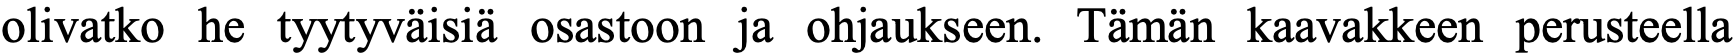
olivatko he tyytyväisiä osastoon ja ohjaukseen. Tämän kaavakkeen perusteella